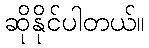
ဆိုနိုင်ပါတယ်။